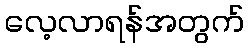
လေ့လာရန်အတွက်